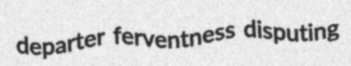
departer ferventness disputing